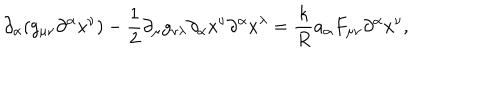
LaTeX: \partial _ { \alpha } ( g _ { \mu \nu } \partial ^ { \alpha } x ^ { \nu } ) - \frac { 1 } { 2 } \partial _ { \mu } g _ { \nu \lambda } \partial _ { \alpha } x ^ { \nu } \partial ^ { \alpha } x ^ { \lambda } = \frac { k } { R } { a _ { \alpha } } F _ { \mu \nu } \partial ^ { \alpha } x ^ { \nu } ,